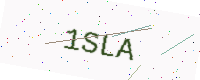
Text: 1SLA